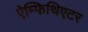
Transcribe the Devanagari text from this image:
ऐम्फिथिएटर